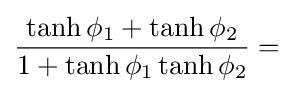
{\frac {\tanh \phi _{1}+\tanh \phi _{2}}{1+\tanh \phi _{1}\tanh \phi _{2}}}=